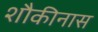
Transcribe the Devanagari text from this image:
शौकीनास